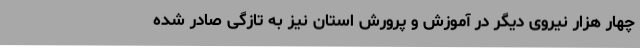
چهار هزار نیروی دیگر در آموزش و پرورش استان نیز به تازگی صادر شده